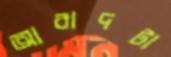
আবাদটা